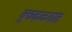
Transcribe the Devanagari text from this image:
बुचकळ्यांत